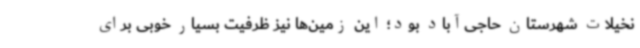
نخیلات شهرستان حاجی‌آباد بود؛ این زمین‌ها نیز ظرفیت بسیار خوبی برای